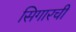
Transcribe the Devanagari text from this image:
सिगारची